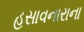
હસાવનારાના